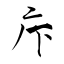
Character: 疜